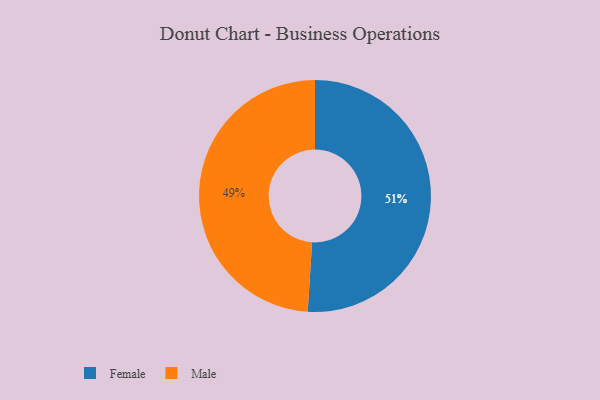
{"axis": {"x": "Category", "y": "Percentage"}, "legend": ["Female", "Male"], "data": [{"x": "Female", "y": 51, "type": "Female"}, {"x": "Male", "y": 49, "type": "Male"}]}